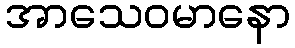
အာသေဝမာနော